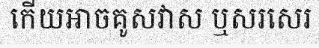
កើយអាចគូសវាស ឬសរសេរ